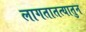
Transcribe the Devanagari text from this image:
लागतातत्यातुन